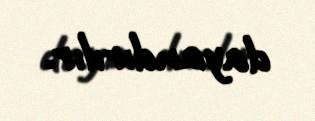
dayandırılır.